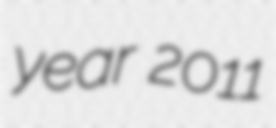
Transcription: year 2011